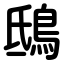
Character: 鴟